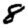
Digit: 8